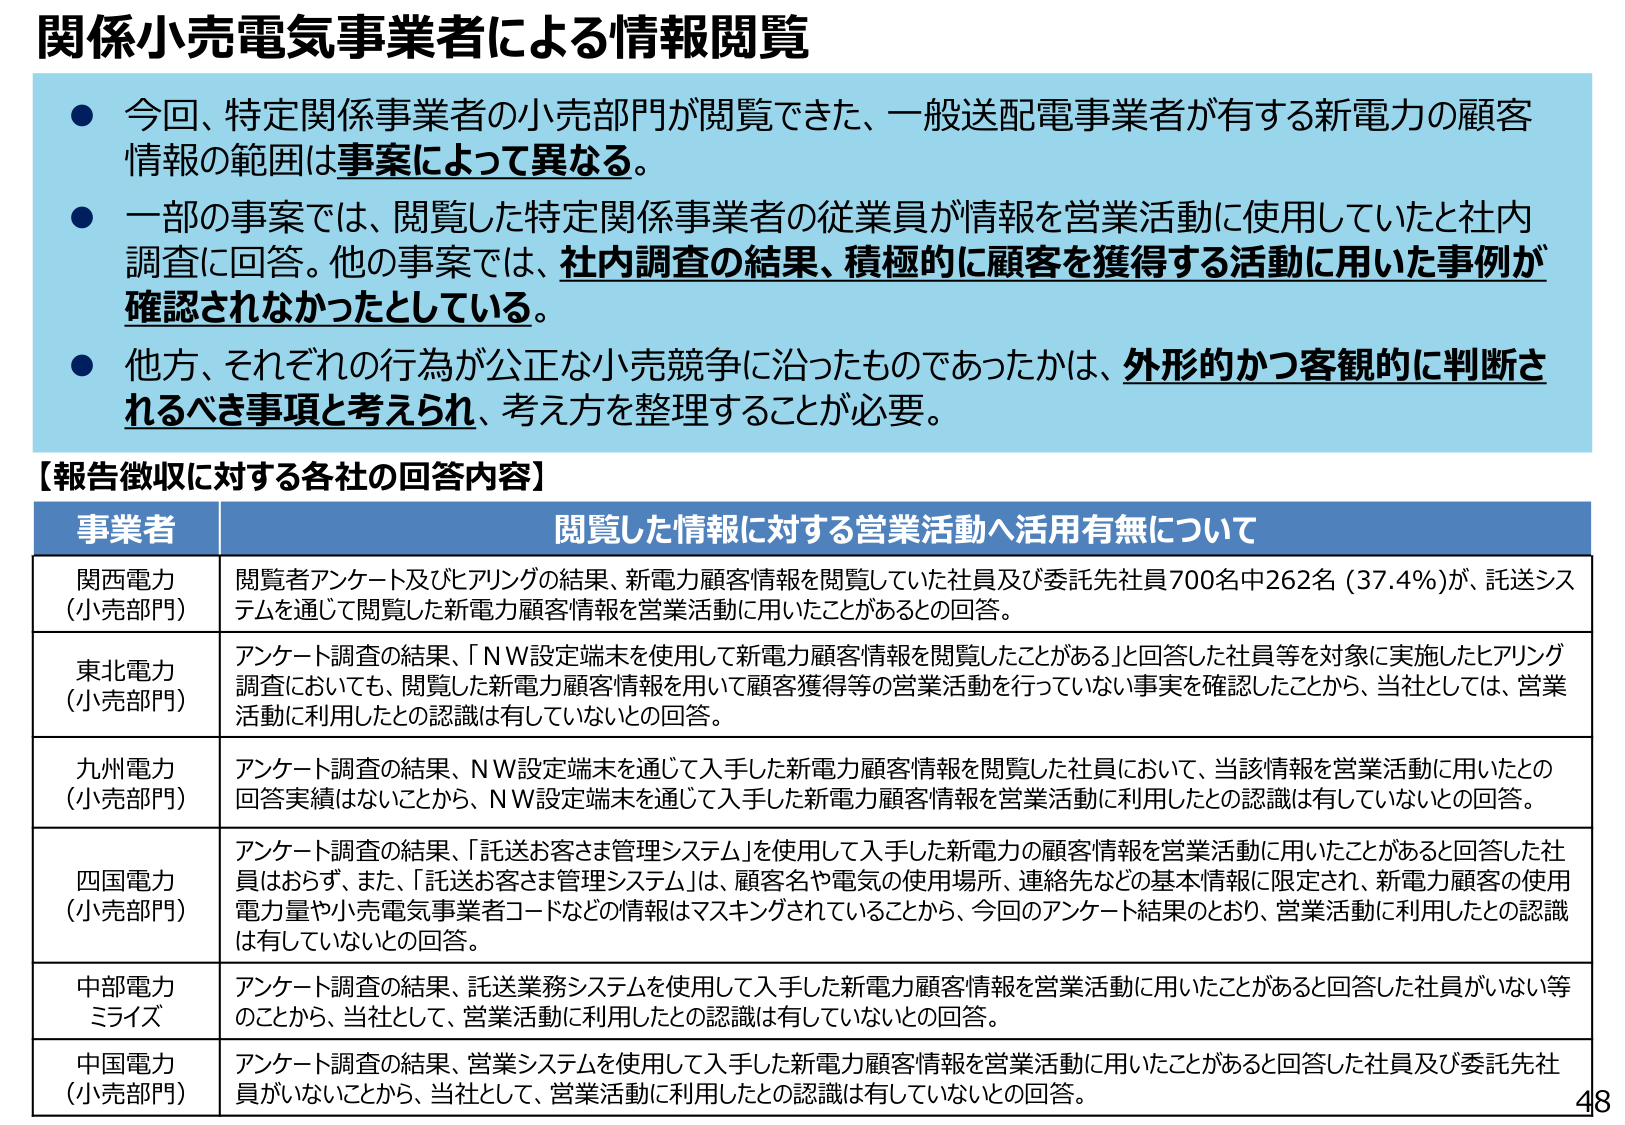
関係小売電気事業者による情報閲覧

● 今回、特定関係事業者の小売部門が閲覧できた、一般送配電事業者が有する新電力の顧客情報の範囲は事案によって異なる。

● 一部の事案では、閲覧した特定関係事業者の従業員が情報を営業活動に使用していたと社内調査に回答。他の事案では、社内調査の結果、積極的に顧客を獲得する活動に用いた事例が確認されなかったとしている。

● 他方、それぞれの行為が公正な小売競争に沿ったものであったかは、外形的かつ客観的に判断されるべき事項と考えられ、考え方を整理することが必要。

【報告徴収に対する各社の回答内容】

事業者 閲覧した情報に対する営業活動へ活用有無について

関西電力（小売部門） 閲覧者アンケート及びヒアリングの結果、新電力顧客情報を閲覧していた社員及び委託先社員700名中262名（37.4%）が、託送システムを通じて閲覧した新電力顧客情報を営業活動に用いたことがあるとの回答。

東北電力（小売部門） アンケート調査の結果、「NW設定端末を使用して新電力顧客情報を閲覧したことがある」と回答した社員等を対象に実施したヒアリング調査においても、閲覧した新電力顧客情報を用いて顧客獲得等の営業活動を行っていない事実を確認したことから、当社としては、営業活動に利用したとの認識は有していないとの回答。

九州電力（小売部門） アンケート調査の結果、NW設定端末を通じて入手した新電力顧客情報を閲覧した社員において、当該情報を営業活動に用いたとの回答実績はないことから、NW設定端末を通じて入手した新電力顧客情報を営業活動に利用したとの認識は有していないとの回答。

四国電力（小売部門） アンケート調査の結果、「託送お客さま管理システム」を使用して入手した新電力の顧客情報を営業活動に用いたことがあると回答した社員はおらず、また、「託送お客さま管理システム」は、顧客名や電気の使用場所、連絡先などの基本情報に限定され、新電力顧客の使用電力量や小売電気事業者コードなどの情報はマスキングされていることから、今回のアンケート結果のとおり、営業活動に利用したとの認識は有していないとの回答。

中部電力ミライズ アンケート調査の結果、託送業務システムを使用して入手した新電力顧客情報を営業活動に用いたことがあると回答した社員がいない等のことから、当社として、営業活動に利用したとの認識は有していないとの回答。

中国電力（小売部門） アンケート調査の結果、営業システムを使用して入手した新電力顧客情報を営業活動に用いたことがあると回答した社員及び委託先社員がいないことから、当社として、営業活動に利用したとの認識は有していないとの回答。

48